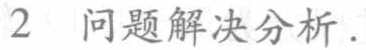
2 问题解决分析.